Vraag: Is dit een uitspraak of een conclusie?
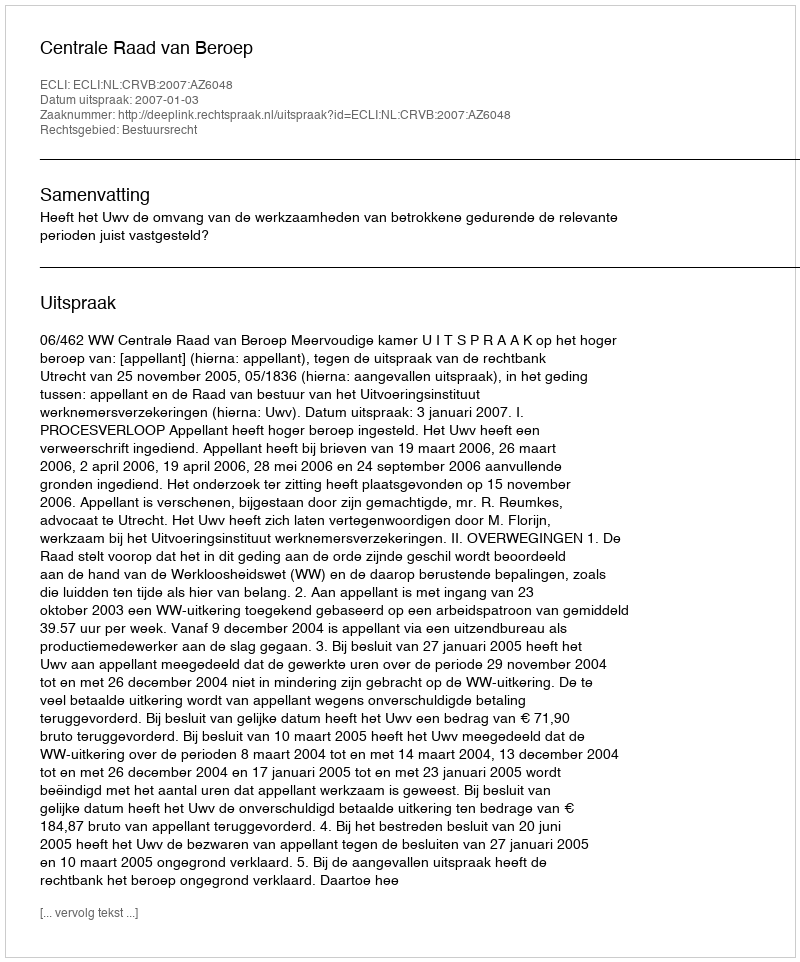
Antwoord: Uitspraak